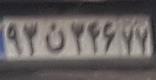
۹۳ن۳۴۶۷۷